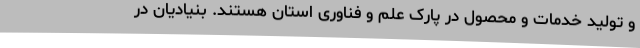
و تولید خدمات و محصول در پارک علم و فناوری استان هستند. بنیادیان در